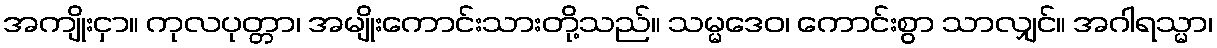
အကျိုးငှာ။ ကုလပုတ္တာ၊ အမျိုးကောင်းသားတို့သည်။ သမ္မဒေဝ၊ ကောင်းစွာ သာလျှင်။ အဂါရသ္မာ၊